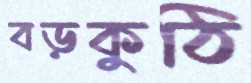
বড়কুঠি